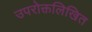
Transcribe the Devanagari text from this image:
उपरोक्तलिखित